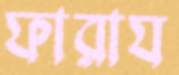
ফারায